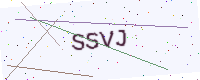
Text: SSVJ